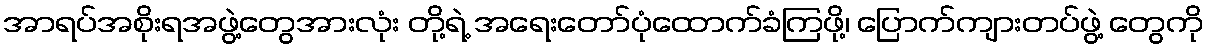
အာရပ်အစိုးရအဖွဲ့တွေအားလုံး တို့ရဲ့ အရေးတော်ပုံထောက်ခံကြဖို့၊ ပြောက်ကျားတပ်ဖွဲ့ တွေကို